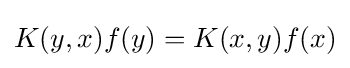
K(y,x)f(y)=K(x,y)f(x)